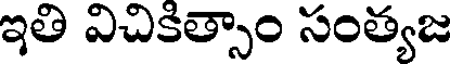
ఇతి విచికిత్సాం సంత్యజ